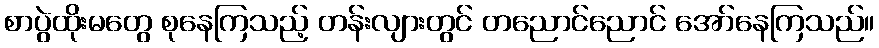
စာပွဲထိုးမတွေ စုနေကြသည့် တန်းလျားတွင် တညောင်ညောင် အော်နေကြသည်။